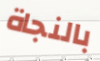
بالنجاة